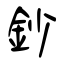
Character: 鈔